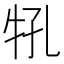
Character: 𰠬